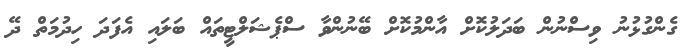
ގެންގުޅުނު ވިސްނުން ބަދަލުކޮށް އާންމުކޮށް ބޭނުންވާ ސްޕެޝަލްޓީތައް ބަލައި އެފަދަ ހިދުމަތް ދޭ